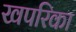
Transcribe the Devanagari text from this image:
खपरिका